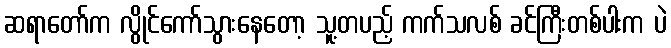
ဆရာတော်က လွိုင်ကော်သွားနေတော့ သူ့တပည့် ကက်သလစ် ခင်ကြီးတစ်ပါးက ပဲ